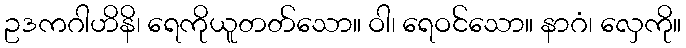
ဥဒကဂါဟိနိ၊ ရေကိုယူတတ်သော။ ဝါ၊ ရေဝင်သော။ နာဂံ၊ လှေကို။